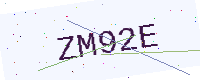
Text: ZM92E